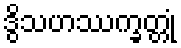
ဒွိသဟဿက္ခတ္တုံ